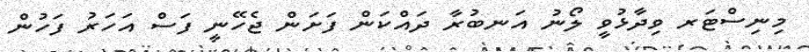
މިނިސްޓަރ ވިދާޅުވީ ލޯނު އަނބުރާ ދައްކަން ފަށަން ޖެހޭނީ ފަސް އަހަރު ފަހުން